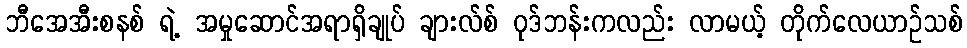
ဘီအေအီးစနစ် ရဲ့ အမှုဆောင်အရာရှိချုပ် ချားလ်စ် ဝုဒ်ဘန်းကလည်း လာမယ့် တိုက်လေယာဉ်သစ်